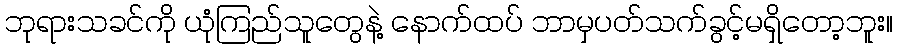
ဘုရားသခင်ကို ယုံကြည်သူတွေနဲ့ နောက်ထပ် ဘာမှပတ်သက်ခွင့်မရှိတော့ဘူး။